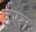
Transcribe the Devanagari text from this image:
ईस्त